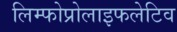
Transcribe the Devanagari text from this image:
लिम्फोप्रोलाइफलेटिव